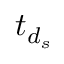
t _ { { d } _ { s } }